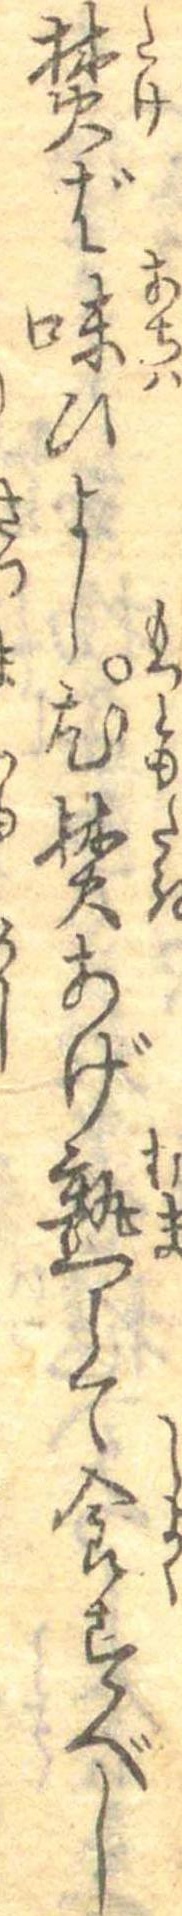
焚ば味ひよし尤焚あげ熟して食すべし